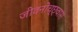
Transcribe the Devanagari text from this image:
जीवनोच्छ्वास